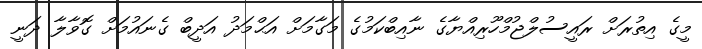
މީގެ އިތުރަށް ރައީސުލްޖުމްހޫރިއްޔާގެ ނާއިބްކަމުގެ މަގާމަށް އަޙްމަދު އަދީބް ގެނައުމަށް ގޮވާލާ ދަނީ